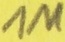
Text: 1M